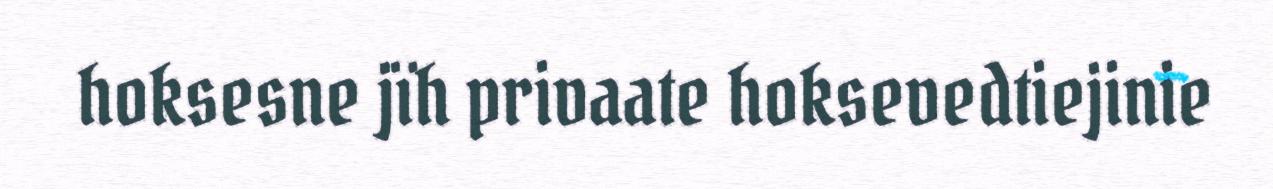
hoksesne jïh privaate hoksevedtiejinie